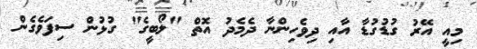
މިއީ އޭރު ގުޑުގުޑާ އާއި ދިވެހިންނާ ދެމެދު އޮތް "ލޯބީގެ" ގުޅުން ސިފަވެގެން